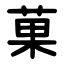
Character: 菓